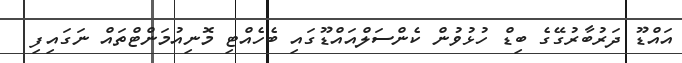
އައްޑޫ ދަރުބާރުގޭގެ ބިޑް ހުޅުވުން ކެންސަލްއައްޑޫގައި ބެހެއްޓި މޮނިއުމަންޓްތައް ނަގައިފި